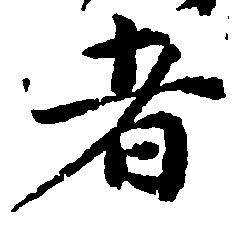
者